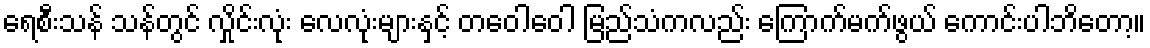
ရေစီးသန် သန်တွင် လှိုင်းလုံး လေလုံးများနှင့် တဝေါဝေါ မြည်သံကလည်း ကြောက်မက်ဖွယ် ကောင်းပါဘိတော့။